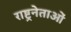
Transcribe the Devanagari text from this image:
राष्ट्रनेताओं